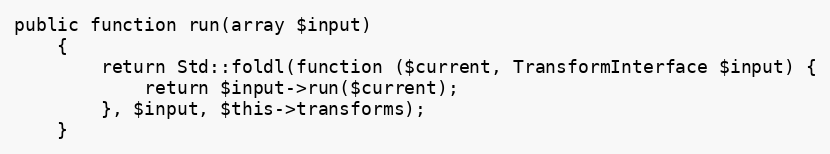
Language: PHP
public function run(array $input)
    {
        return Std::foldl(function ($current, TransformInterface $input) {
            return $input->run($current);
        }, $input, $this->transforms);
    }